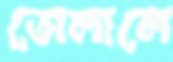
তোলালে